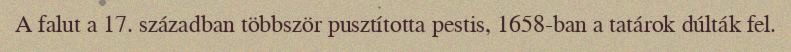
A falut a 17. században többször pusztította pestis, 1658-ban a tatárok dúlták fel.